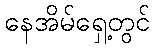
နေအိမ်ရှေ့တွင်